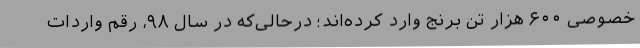
خصوصی ۶۰۰ هزار تن برنج وارد کرده‌اند؛ درحالی‌که در سال ۹۸، رقم واردات